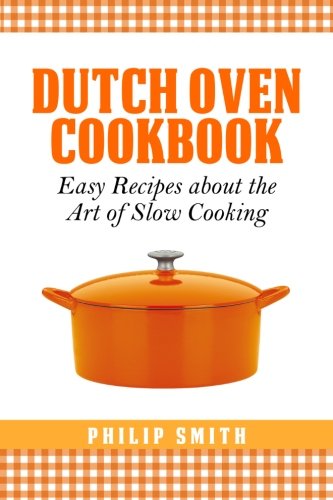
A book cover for Dutch Oven Cookbook. Easy recipes about the Art of Slow Cooking; Philip Smith; Cookbooks, Food & Wine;